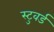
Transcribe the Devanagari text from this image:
स्टुवर्ड